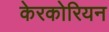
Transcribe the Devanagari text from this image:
केरकोरियन